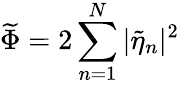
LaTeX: \widetilde{\Phi}=2\sum_{n=1}^{N}|\widetilde{\eta}_{n}|^{2}